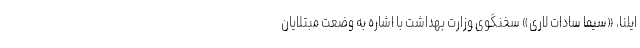
ایلنا، «سیما سادات لاری» سخنگوی وزارت بهداشت با اشاره به وضعت مبتلایان